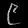
Digit: ၉